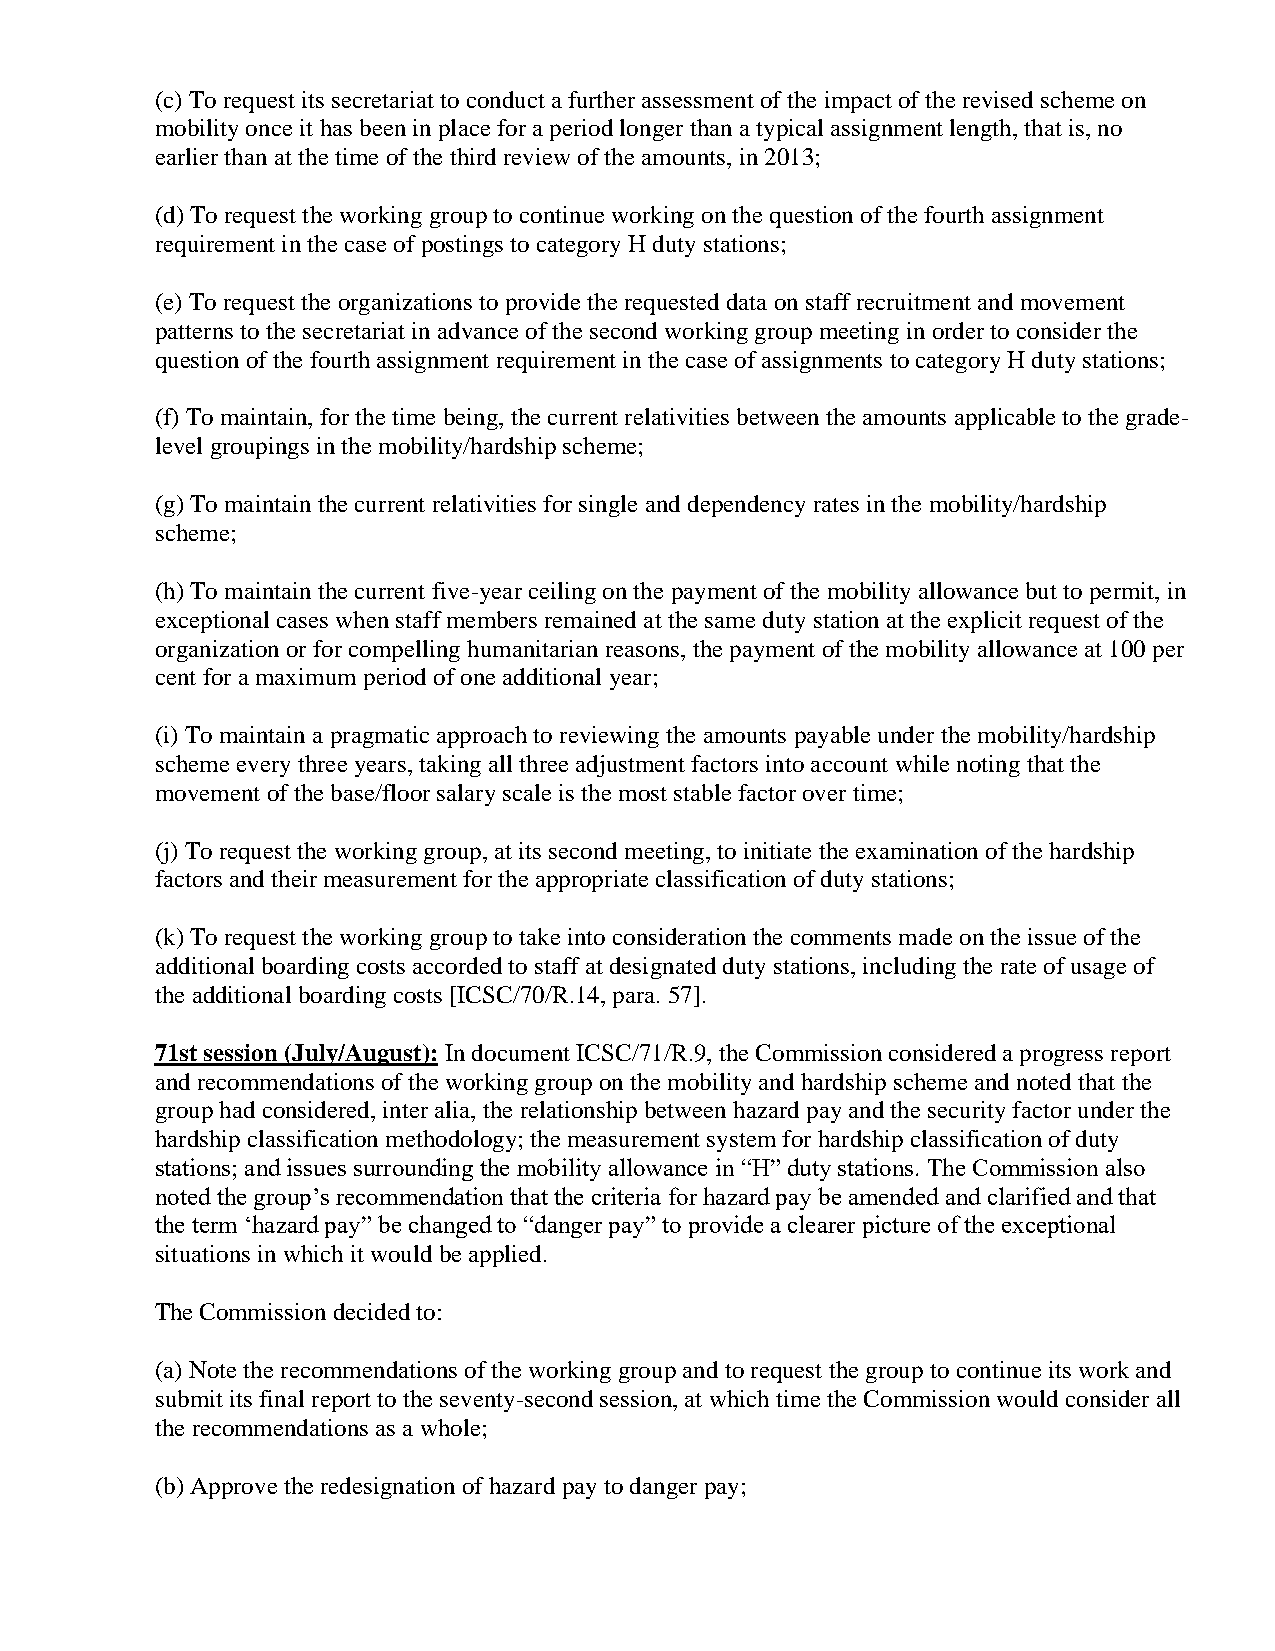
(c) To request its secretariat to conduct a further assessment of the impact of the revised scheme on
 mobility once it has been in place for a period longer than a typical assignment length, that is, no
 earlier than at the time of the third review of the amounts, in 2013;
 (d) To request the working group to continue working on the question of the fourth assignment
 requirement in the case of postings to category H duty stations;
 (e) To request the organizations to provide the requested data on staff recruitment and movement
 patterns to the secretariat in advance of the second working group meeting in order to consider the
 question of the fourth assignment requirement in the case of assignments to category H duty stations;
 (f) To maintain, for the time being, the current relativities between the amounts applicable to the grade-
 level groupings in the mobility/hardship scheme;
 (g) To maintain the current relativities for single and dependency rates in the mobility/hardship
 scheme;
 (h) To maintain the current five-year ceiling on the payment of the mobility allowance but to permit, in
 exceptional cases when staff members remained at the same duty station at the explicit request of the
 organization or for compelling humanitarian reasons, the payment of the mobility allowance at 100 per
 cent for a maximum period of one additional year;
 (i) To maintain a pragmatic approach to reviewing the amounts payable under the mobility/hardship
 scheme every three years, taking all three adjustment factors into account while noting that the
 movement of the base/floor salary scale is the most stable factor over time;
 (j) To request the working group, at its second meeting, to initiate the examination of the hardship
 factors and their measurement for the appropriate classification of duty stations;
 (k) To request the working group to take into consideration the comments made on the issue of the
 additional boarding costs accorded to staff at designated duty stations, including the rate of usage of
 the additional boarding costs [ICSC/70/R.14, para. 57].
 71st session (July/August): In document ICSC/71/R.9, the Commission considered a progress report
 and recommendations of the working group on the mobility and hardship scheme and noted that the
 group had considered, inter alia, the relationship between hazard pay and the security factor under the
 hardship classification methodology; the measurement system for hardship classification of duty
 stations; and issues surrounding the mobility allowance in “H” duty stations. The Commission also
 noted the group’s recommendation that the criteria for hazard pay be amended and clarified and that
 the term ‘hazard pay” be changed to “danger pay” to provide a clearer picture of the exceptional
 situations in which it would be applied.
 The Commission decided to:
 (a) Note the recommendations of the working group and to request the group to continue its work and
 submit its final report to the seventy-second session, at which time the Commission would consider all
 the recommendations as a whole;
 (b) Approve the redesignation of hazard pay to danger pay;